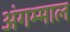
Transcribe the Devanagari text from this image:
अंगम्माल